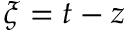
\xi = t - z